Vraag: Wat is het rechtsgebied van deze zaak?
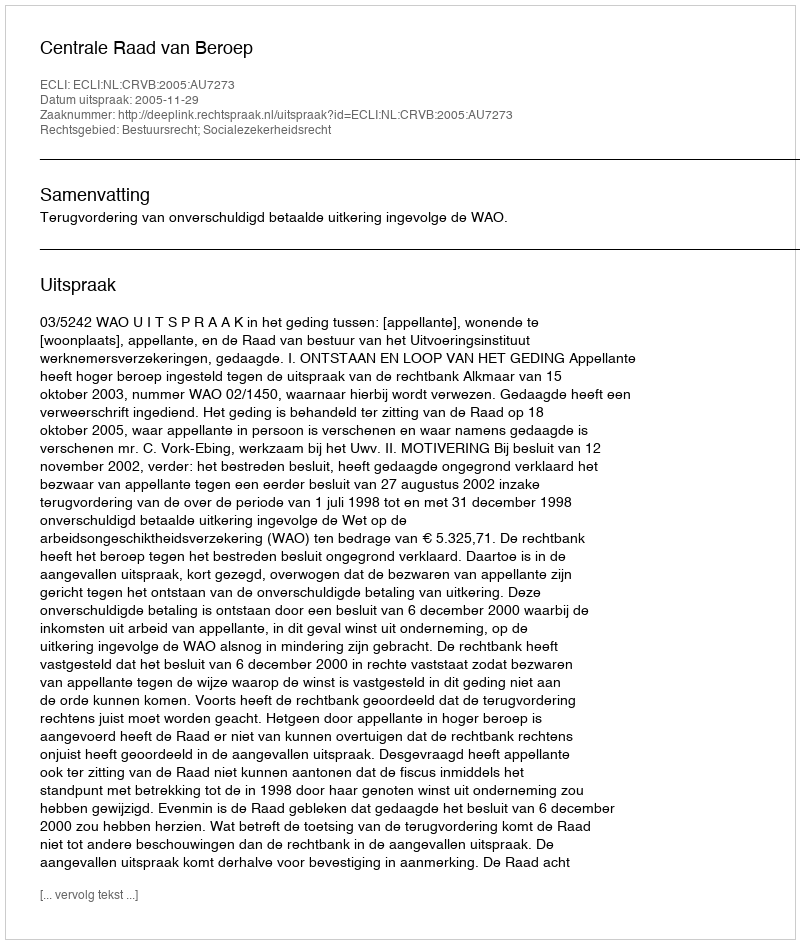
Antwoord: Bestuursrecht; Socialezekerheidsrecht